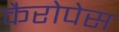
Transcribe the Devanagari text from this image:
कैरोपेस